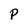
Character: P